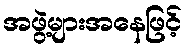
အဖွဲ့များအနေဖြင့်